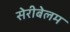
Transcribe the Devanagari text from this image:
सेरीबेलम